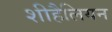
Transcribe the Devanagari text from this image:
शीहैलियन